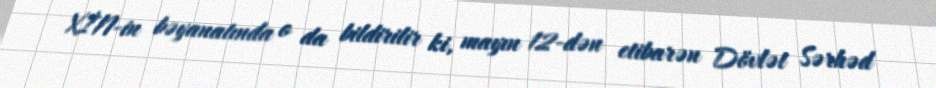
XİN-in bəyanatında o da bildirilir ki, mayın 12-dən etibarən Dövlət Sərhəd